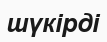
шүкірді